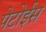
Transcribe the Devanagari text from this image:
पेटोईस